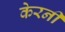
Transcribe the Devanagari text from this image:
केरनी